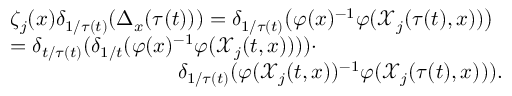
\begin{array} { r l } & { \zeta _ { j } ( x ) \delta _ { 1 / \tau ( t ) } ( \Delta _ { x } ( \tau ( t ) ) ) = \delta _ { 1 / \tau ( t ) } \big ( \varphi ( x ) ^ { - 1 } \varphi ( \mathcal { X } _ { j } ( \tau ( t ) , x ) ) \big ) } \\ & { = \delta _ { t / \tau ( t ) } ( \delta _ { 1 / t } ( \varphi ( x ) ^ { - 1 } \varphi ( \mathcal { X } _ { j } ( t , x ) ) ) ) \cdot } \\ & { \qquad \qquad \qquad \qquad \delta _ { 1 / \tau ( t ) } ( \varphi ( \mathcal { X } _ { j } ( t , x ) ) ^ { - 1 } \varphi ( \mathcal { X } _ { j } ( \tau ( t ) , x ) ) ) . } \end{array}